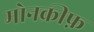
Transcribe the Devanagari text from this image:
मोनक्रीफ़